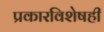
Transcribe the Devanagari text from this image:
प्रकारविशेषही